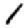
Digit: 1